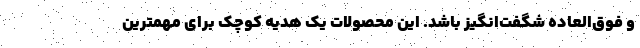
و فو‌ق‌العاده شگفت‌انگیز باشد. این محصولات یک هدیه کوچک برای مهمترین